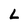
Character: L